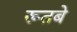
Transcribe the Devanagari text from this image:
रूतबे